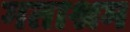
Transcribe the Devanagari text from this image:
गताश्रम